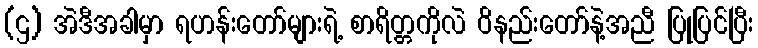
(ဌ) အဲဒီအခါမှာ ရဟန်းတော်များရဲ့ စာရိတ္တကိုလဲ ဝိနည်းတော်နဲ့အညီ ပြုပြင်ပြီး